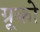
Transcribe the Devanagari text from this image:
ग्रूको